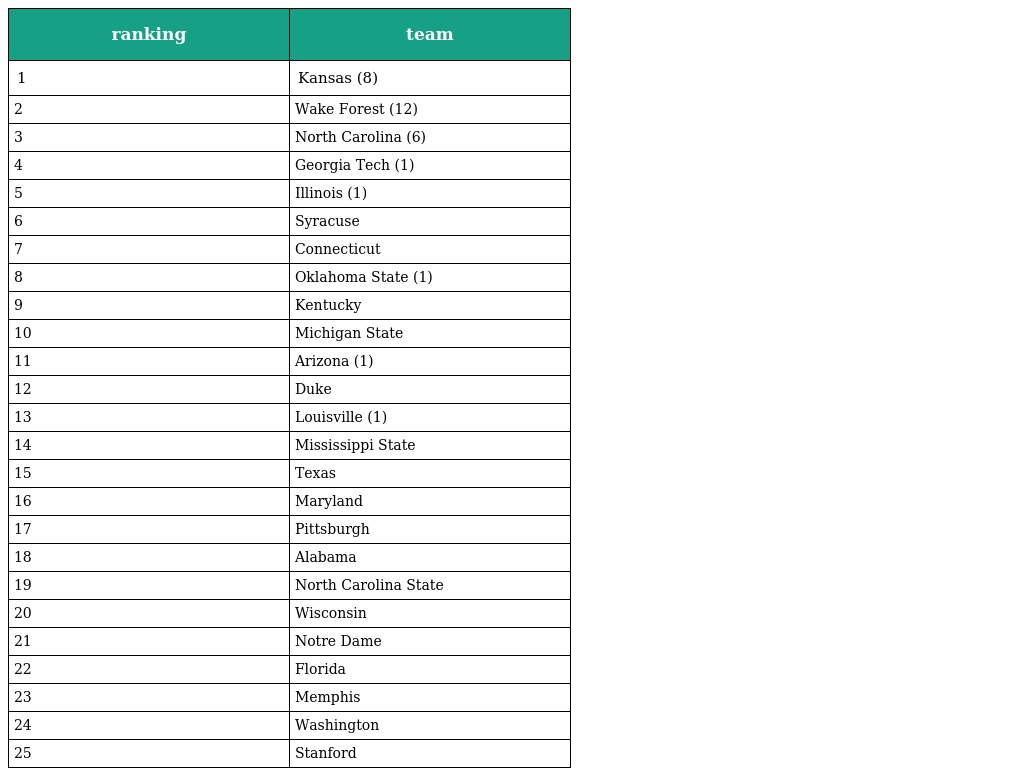
| ranking | team |
 | --- | --- |
 | 1 | Kansas (8) |
 | 2 | Wake Forest (12) |
 | 3 | North Carolina (6) |
 | 4 | Georgia Tech (1) |
 | 5 | Illinois (1) |
 | 6 | Syracuse |
 | 7 | Connecticut |
 | 8 | Oklahoma State (1) |
 | 9 | Kentucky |
 | 10 | Michigan State |
 | 11 | Arizona (1) |
 | 12 | Duke |
 | 13 | Louisville (1) |
 | 14 | Mississippi State |
 | 15 | Texas |
 | 16 | Maryland |
 | 17 | Pittsburgh |
 | 18 | Alabama |
 | 19 | North Carolina State |
 | 20 | Wisconsin |
 | 21 | Notre Dame |
 | 22 | Florida |
 | 23 | Memphis |
 | 24 | Washington |
 | 25 | Stanford |